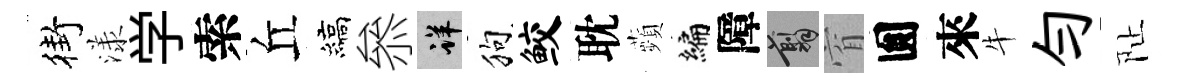
街漾学索丘縞叅详狗鲛耽蘋编障翦窅圎來牛勻阯